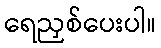
ရေညှစ်ပေးပါ။